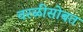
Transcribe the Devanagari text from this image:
वरळीसोबत